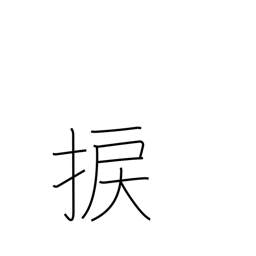
Meaning: wrench